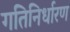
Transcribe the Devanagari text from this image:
गतिनिर्धारण